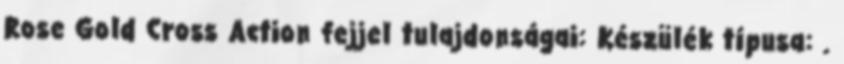
Rose Gold Cross Action fejjel tulajdonságai: Készülék típusa: .